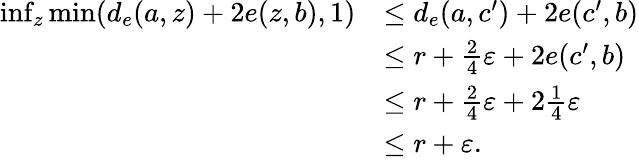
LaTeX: \begin{array}{rl}{\operatorname*{inf}_{z}\operatorname*{min}(d_{e}(a,z)+2e(z,b),1)}&{\leq d_{e}(a,c^{\prime})+2e(c^{\prime},b)}\\ &{\leq r+\frac{2}{4}\varepsilon+2e(c^{\prime},b)}\\ &{\leq r+\frac{2}{4}\varepsilon+2\frac{1}{4}\varepsilon}\\ &{\leq r+\varepsilon.}\end{array}